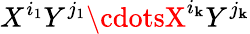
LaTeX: X^{i_{1}}Y^{j_{1}}\cdotsX^{i_{\mathbf{k}}}Y^{j_{\mathbf{k}}}